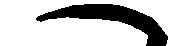
へ